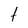
Character: t